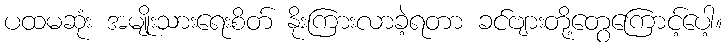
ပထမဆုံး အမျိုးသားရေးစိတ် နိုးကြားလာခဲ့ရတာ ခင်ဗျားတို့တွေကြောင့်ပေါ့။